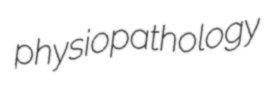
physiopathology